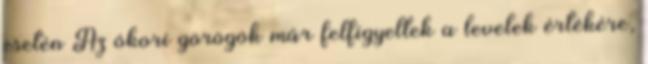
esetén Az ókori görögök már felfigyeltek a levelek értékére,